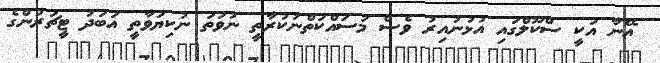
އޭނާ އަކީ ސްކޫލްގައި އުޅުނުއިރު ވެސް މަސައްކަތްނުކުރާތީ ނުވަތަ ނުކިޔަވާތީ އަބަދު ޓީޗަރުންގެ